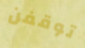
توقفن